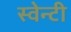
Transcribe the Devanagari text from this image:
स्वेन्‍टी